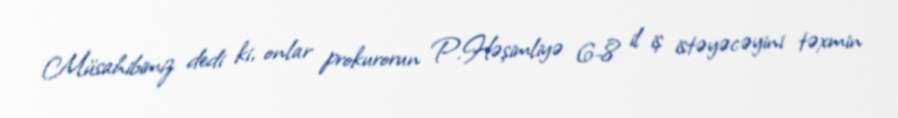
Müsahibimiz dedi ki, onlar prokurorun P.Həşimliyə 6-8 il iş istəyəcəyini təxmin